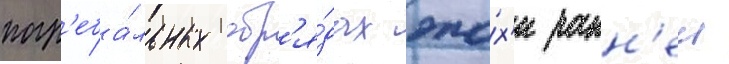
погр'еба́льных обр'я́дах эпо́х'и ранн'еи